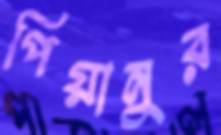
পিয়ানুর